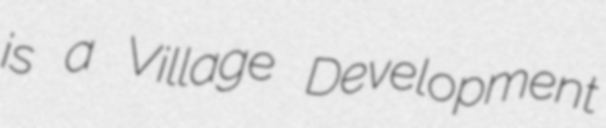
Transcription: is a Village Development